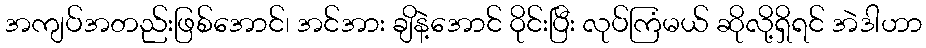
အကျပ်အတည်းဖြစ်အောင်၊ အင်အား ချိနဲ့အောင် ဝိုင်းပြီး လုပ်ကြံမယ် ဆိုလို့ရှိရင် အဲဒါဟာ